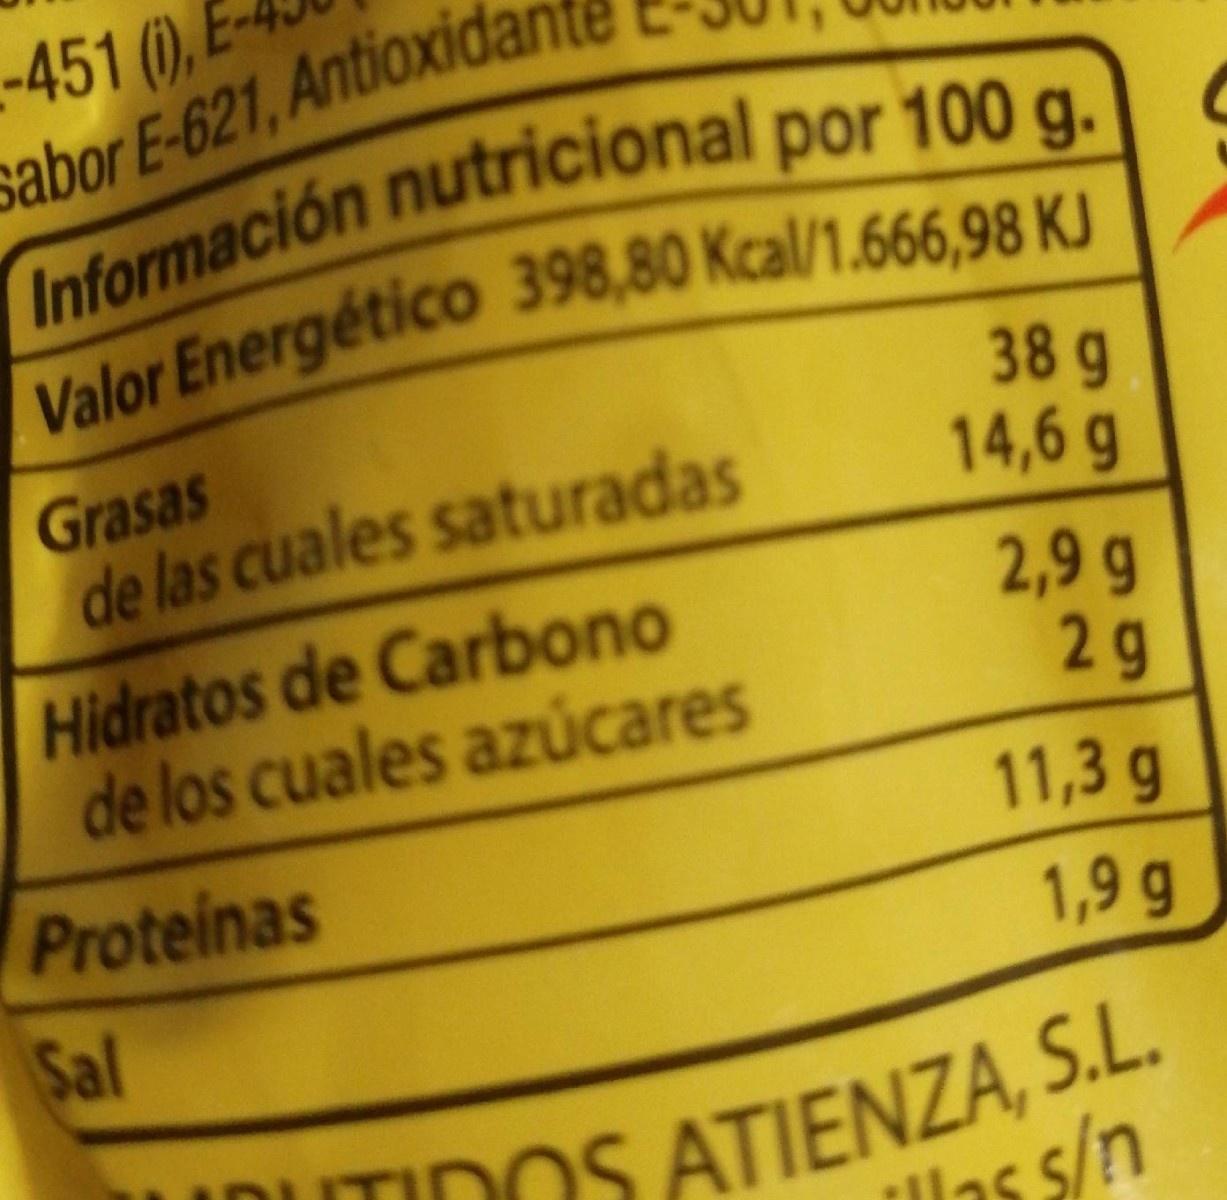
-451 (), sabor E-621, Antioxidar Información nutricional por 100 g. | Valor Energético 398,80 Kcal/1.666,98 KJ
Grasas de las cuales saturadas
38 g 14,6 g
Hidratos de Carbono de los cuales azúcares
2,9 g 2g
Proteinas
11,3 g
1,9 g
Sal
UDUTIDOS ATIENZA, S.L. llas s/n